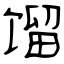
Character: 馏